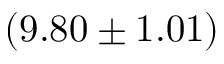
( 9 . 8 0 \pm 1 . 0 1 ) \